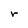
Character: r